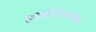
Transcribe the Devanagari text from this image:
एस्टोनियातील